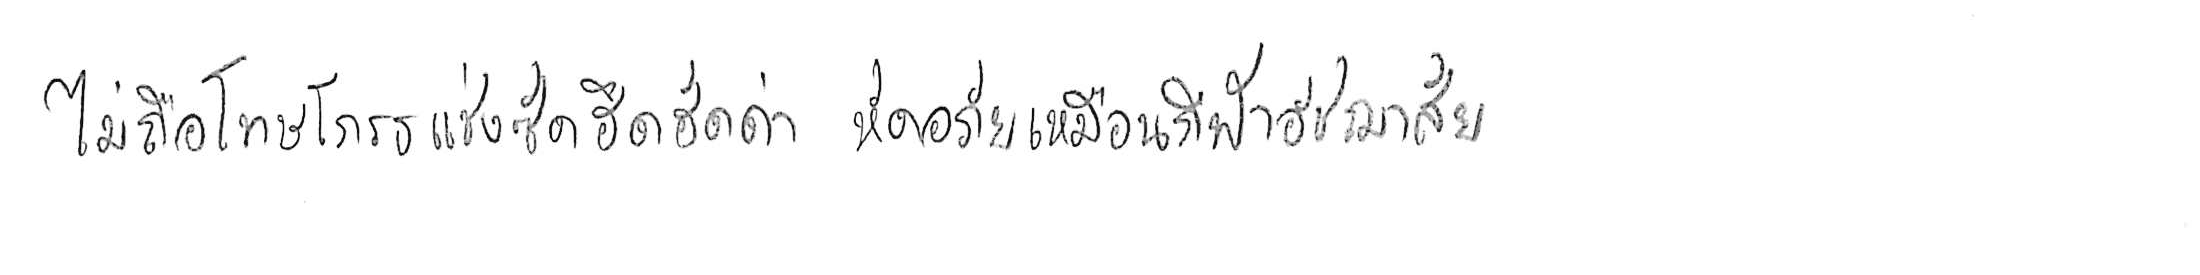
ไม่ถือโทษโกรธแช่งซัดฮึดฮัดด่า หัดอภัยเหมือนกีฬาอัชฌาสัย